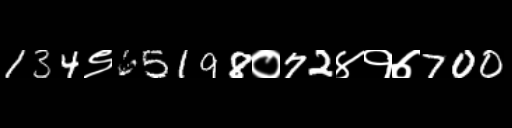
Text: 134९65198०72४१७700